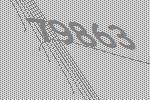
79863